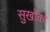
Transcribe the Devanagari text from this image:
सुखोको